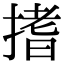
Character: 搘